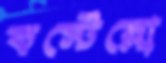
কস্টেল্লো